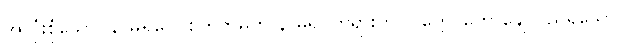
အလုံးစုံသော။ နာမရူပေ၊ စတုဘူမက နာမ်ရုပ်တရားကို။ ဝုတ္တေ၊ ဟောချေသည်ရှိသော်။